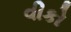
વીકો